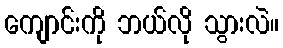
ကျောင်းကို ဘယ်လို သွားလဲ။